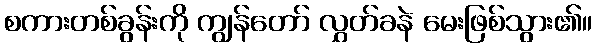
စကားတစ်ခွန်းကို ကျွန်တော် လွှတ်ခနဲ မေးဖြစ်သွား၏။